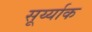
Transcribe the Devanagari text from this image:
सूर्य्याक